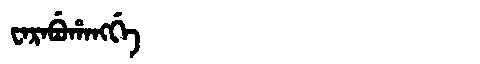
Manchu: ᠸᠠᡵᠠᠪᡠᡥᠠᠩᡤᡝ
Romanization: WARABUHANGGE